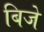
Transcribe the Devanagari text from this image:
बिजे